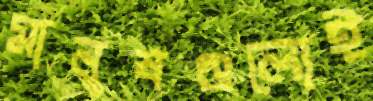
মানুষগুলোই